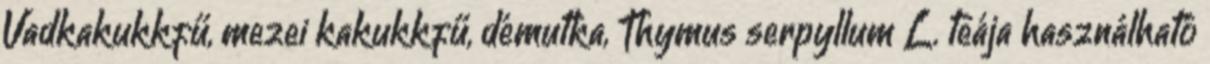
Vadkakukkfű, mezei kakukkfű, démutka, Thymus serpyllum L. teája használható